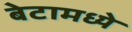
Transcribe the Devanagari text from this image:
बेटामध्ये